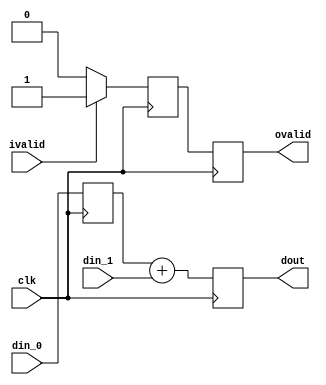
// 
module add
(
    input clk,
    input signed [31:0] din_0,
    input signed [31:0] din_1,
    input ivalid,
    output ovalid,
    output signed [31:0] dout
);

	reg [31:0] dout_r;
	reg wren;
	reg [31:0] din_0_delay;
	reg wren_delay;
	// 1
	always@(posedge clk)
		din_0_delay <= din_0;
	
	always@(posedge clk)
		dout_r = din_0_delay + din_1;
	
	always@(posedge clk)
	if(ivalid)
		wren <= 1'b1;
	else
		wren <= 1'b0;
	
	always@(posedge clk)
		wren_delay <= wren;
	
	assign ovalid = wren_delay;
	assign dout = dout_r;

endmodule